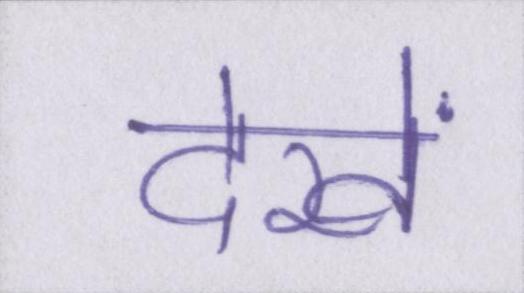
देखें